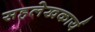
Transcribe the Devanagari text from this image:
सहलेखकार्य